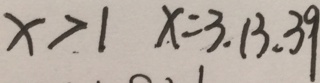
x > 1 x = 3 . 1 3 . 3 9